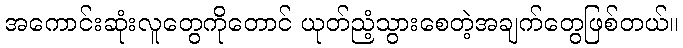
အကောင်းဆုံးလူတွေကိုတောင် ယုတ်ညံ့သွားစေတဲ့အချက်တွေဖြစ်တယ်။